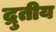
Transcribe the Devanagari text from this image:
द्रुतीय